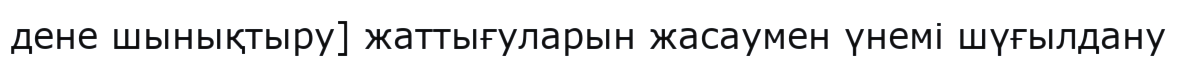
дене шынықтыру] жаттығуларын жасаумен үнемі шүғылдану